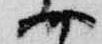
四